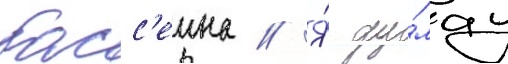
басс'еина // Я́ ду́мау